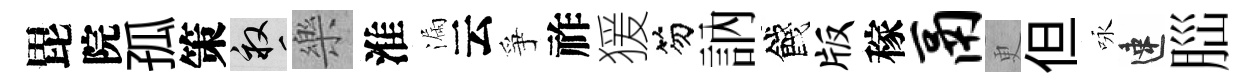
毘院孤策畝樂淮漏云爭祚猨笏訥餞版稼鬲更但咏速𦛁